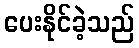
ပေးနိုင်ခဲ့သည်